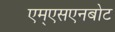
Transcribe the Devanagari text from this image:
एम्एसएनबोट